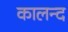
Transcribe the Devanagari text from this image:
कालन्द